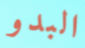
البدو